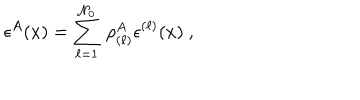
LaTeX: \epsilon ^ { A } ( x ) = \sum _ { \ell = 1 } ^ { \mathcal { N } _ { 0 } } \, \rho _ { ( \ell ) } ^ { A } \epsilon ^ { ( \ell ) } ( x ) ~ ,